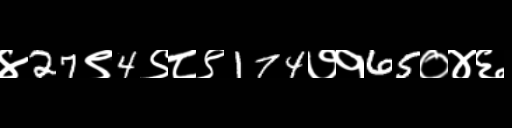
Text: ४27९4९८९174७१65०४६